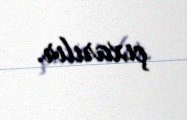
çıxarılır.